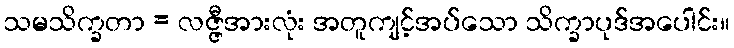
သမသိက္ခတာ = လဇ္ဇီအားလုံး အတူကျင့်အပ်သော သိက္ခာပုဒ်အပေါင်း။